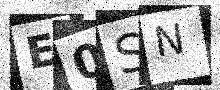
Text: E0SN